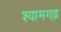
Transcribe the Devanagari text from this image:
श्यामगढ़